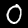
Digit: 0